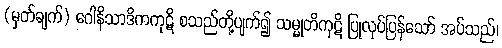
(မှတ်ချက်) ဂေါနိသာဒိကကုဋိ စသည်တို့ပျက်၍ သမ္မုတိကုဋိ ပြုလုပ်ပြန်သော် အပ်သည်၊